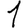
Digit: 1